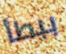
ببطأ